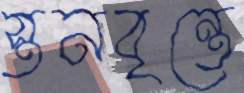
স্তনবৃন্তে